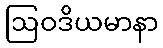
ဩဝဒိယမာနာ